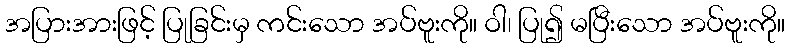
အပြားအားဖြင့် ပြုခြင်းမှ ကင်းသော အပ်ဗူးကို။ ဝါ၊ ပြု၍ မပြီးသော အပ်ဗူးကို။